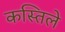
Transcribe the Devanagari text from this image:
कस्तिले